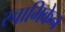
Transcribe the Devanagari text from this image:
स्वामिकेन